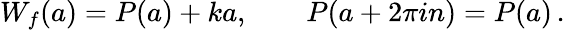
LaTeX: W_{f}(a)=P(a)+ka,\qquad P(a+2\pi in)=P(a)\, .